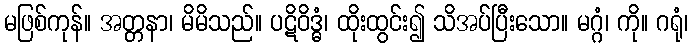
မဖြစ်ကုန်။ အတ္တနာ၊ မိမိသည်။ ပဋိဝိဒ္ဓံ၊ ထိုးထွင်း၍ သိအပ်ပြီးသော။ မဂ္ဂံ၊ ကို။ ဂရုံ၊